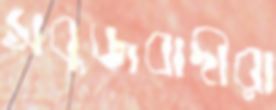
সবুজবাদীরা